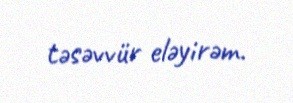
təsəvvür eləyirəm.